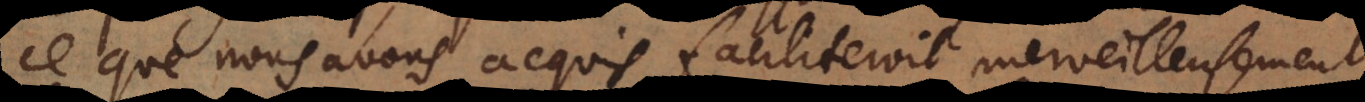
ce que nous avons acquis faciliteroit merveilleusement